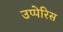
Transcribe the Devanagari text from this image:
उप्पेरिस